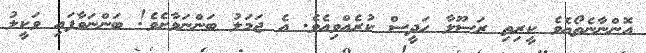
އޮންނާނެތޯއެވެ ކީރިތި ރަސޫލާ ޙަދީސް ކުރެއްވިއެވެ. އެ ޖަމަލު ބަންނަވާށެވެ! ބަންނަވާފައި ވަކީލު